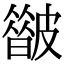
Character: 𥀟